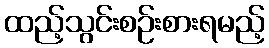
ထည့်သွင်းစဉ်းစားရမည့်